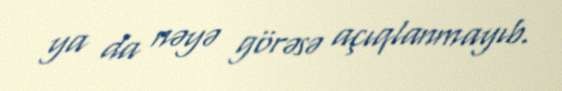
ya da nəyə görəsə açıqlanmayıb.